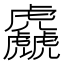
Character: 𱿗